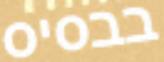
בבסיס